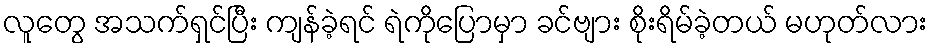
လူတွေ အသက်ရှင်ပြီး ကျန်ခဲ့ရင် ရဲကိုပြောမှာ ခင်ဗျား စိုးရိမ်ခဲ့တယ် မဟုတ်လား